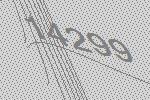
14299